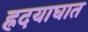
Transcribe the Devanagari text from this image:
ह्रदयाघात